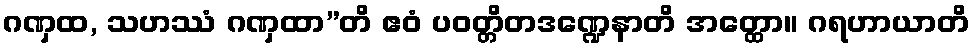
ဂဏှထ, သဟဿံ ဂဏှထာ”တိ ဧဝံ ပဝတ္တိတဒဏ္ဍေနာတိ အတ္ထော။ ဂရဟာယာတိ